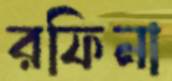
রফিনা